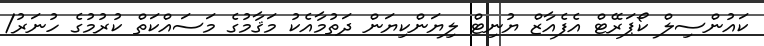
ކައުންސިލް ކޯޕަރޭޓް އެފެއާޒް ޔުނިޓް ލިޔަންކިޔަން ދަތުމާއެކު މަޤާމުގެ މަސައްކަތް ކުރުމުގެ ހުނަރު/